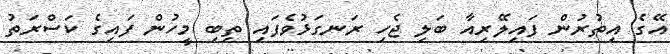
އޭގެ އިތުރުން ފައިލޭރިއާ ބަލި ޖެހި ރަނގަޅުވެފައި ތިބި މީހުން ފައިގެ ކަސްރަތު